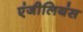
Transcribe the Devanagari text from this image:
एंजीलियंस